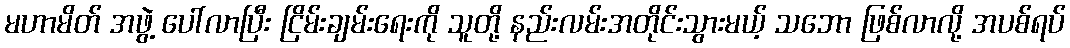
မဟာမိတ် အဖွဲ့ ပေါ်လာပြီး ငြိမ်းချမ်းရေးကို သူတို့ နည်းလမ်းအတိုင်းသွားမယ့် သဘော ဖြစ်လာလို့ အပစ်ရပ်